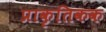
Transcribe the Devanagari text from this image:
प्राकृतिकक